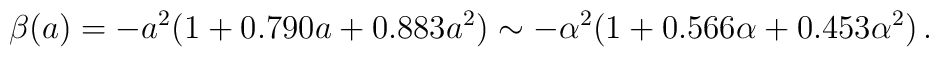
\beta(a)= -a^2(1+0.790 a+ 0.883 a^2) \sim -\alpha^2(1+ 0.566\alpha+0.453\alpha^2)\, .